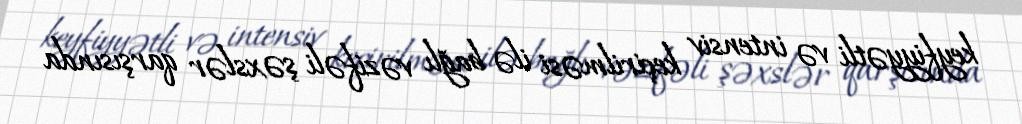
keyfiyyətli və intensiv keçirilməsi ilə bağlı vəzifəli şəxslər qarşısında